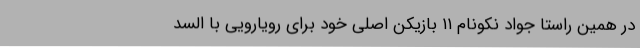
در همین راستا جواد نکونام ۱۱ بازیکن اصلی خود برای رویارویی با السد